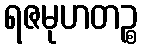
ရဇမုဟတဉ္စ